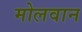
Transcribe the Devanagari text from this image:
मोलवान